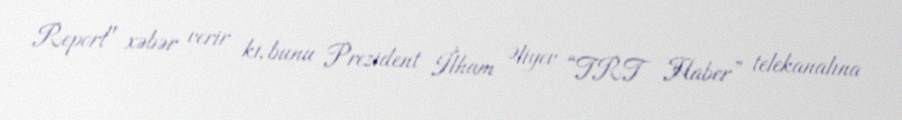
Report" xəbər verir ki, bunu Prezident İlham Əliyev “TRT Haber” telekanalına